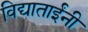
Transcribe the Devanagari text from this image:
विद्याताईंनी